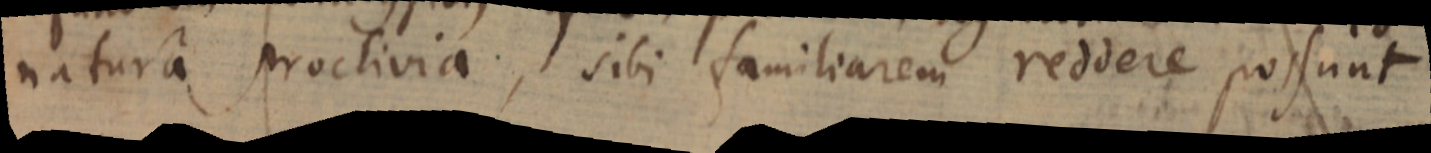
natura proclivia, sibi familiarem reddere possunt